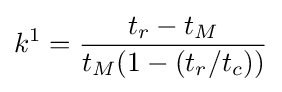
k^{1}={\frac {t_{r}-t_{M}}{t_{M}(1-(t_{r}/t_{c}))}}